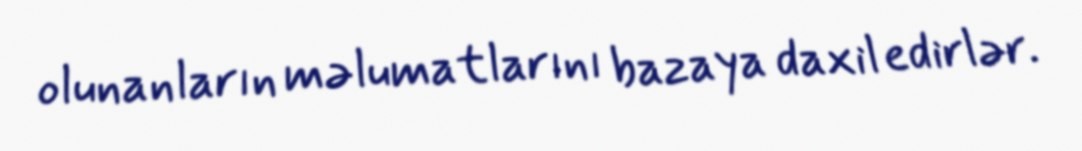
olunanların məlumatlarını bazaya daxil edirlər.